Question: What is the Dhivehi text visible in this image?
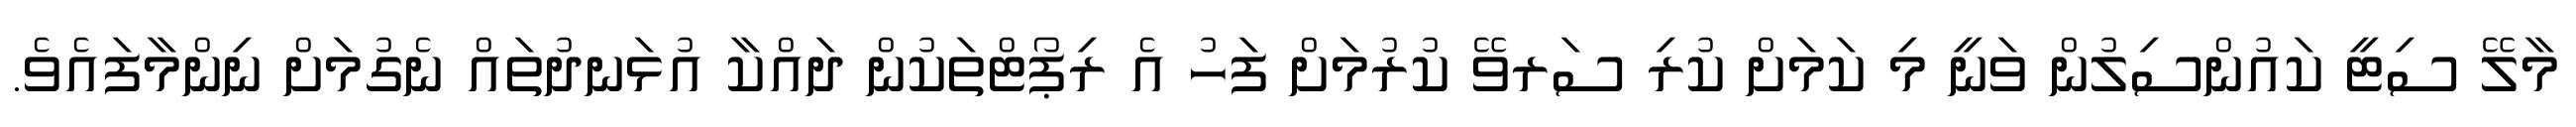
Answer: މާލޭ ސިޓީ ކައުންސިލުން ވަނީ މި ކަމަށް ކުރި ސަރވޭ ކުރުމަށް ފަހު އެ ރިޕޯޓްތަކުން ދައްކާ އުޅަނދުތައް ނެގުމަށް ނިންމާފައެވެ.